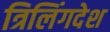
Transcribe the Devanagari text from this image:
त्रिलिंगदेश